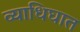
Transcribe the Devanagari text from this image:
व्याधिघात